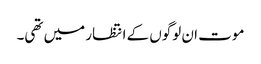
موت ان لوگوں کے انتظار میں تھی۔